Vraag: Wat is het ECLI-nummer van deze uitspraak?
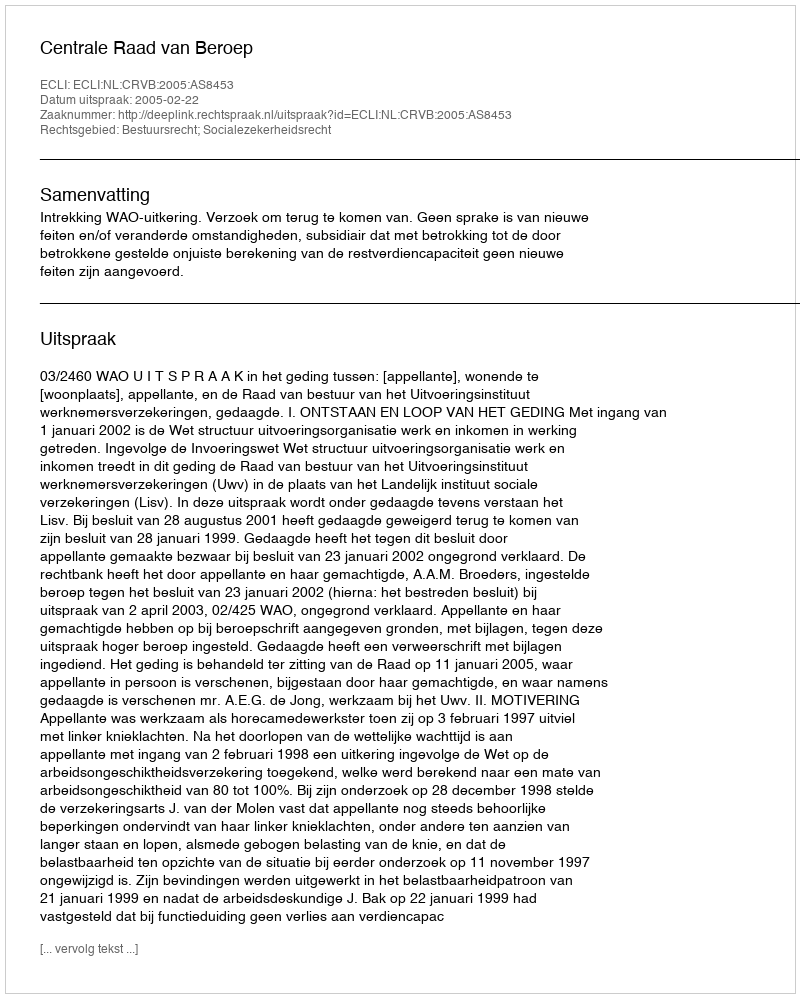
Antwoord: ECLI:NL:CRVB:2005:AS8453